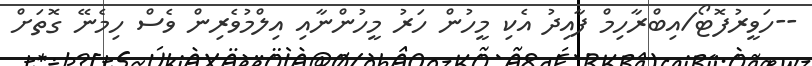
--ހަވީރުފޮޓޯ/އިބްރާހިމް ފާއިދު އެކި މީހުން ހަރު މީހުންނާއި އިލްމުވެރިން ވެސް ހިމެނޭ ގޮތަށް